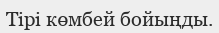
Тірі көмбей бойыңды.